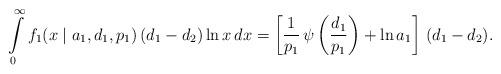
LaTeX: \begin{align*}\int\limits_{0}^{\infty} f_1(x \mid a_1, d_1, p_1) \, (d_1 - d_2) \ln x \, dx = \left[ \frac{1}{p_1} \, \psi\left( \frac{d_1}{p_1} \right) + \ln a_1 \right] \, (d_1 - d_2).\end{align*}